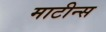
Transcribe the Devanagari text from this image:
माटीन्स